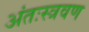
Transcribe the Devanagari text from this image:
अंतःस्त्रवण